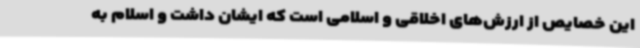
این خصایص از ارزش‌های اخلاقی و اسلامی است که ایشان داشت و اسلام به